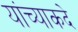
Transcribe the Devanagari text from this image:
यांच्याकदे